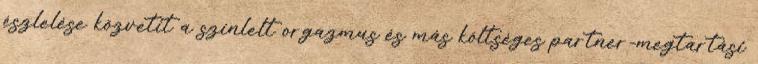
észlelése közvetít a színlelt orgazmus és más költséges partner-megtartási